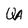
Character: W